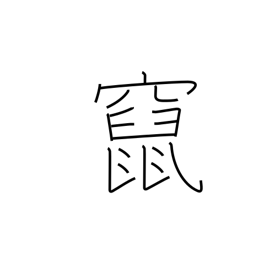
Meaning: flee